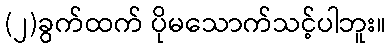
(၂)ခွက်ထက် ပိုမသောက်သင့်ပါဘူး။